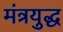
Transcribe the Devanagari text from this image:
मंत्रयुद्ध